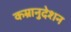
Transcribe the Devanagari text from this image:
कम्रानुदेशन